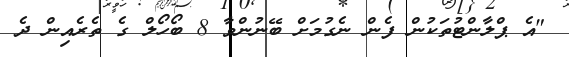
"އެ ޕްލާންޓުތަކުން ފެން ނެގުމަށް ބޭނުންވާ 8 ބޯހޯލް ގެ ތެރެއިން ދެ